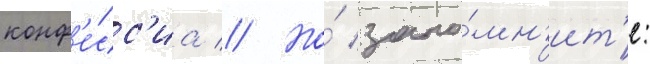
конф'е́сс'иа // Но́ запо́мн'ит'е: